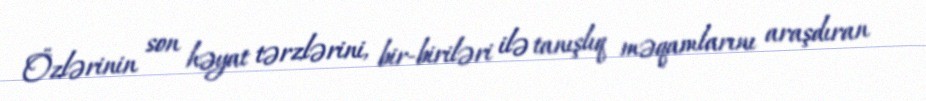
Özlərinin son həyat tərzlərini, bir-biriləri ilə tanışlıq məqamlarını araşdıran